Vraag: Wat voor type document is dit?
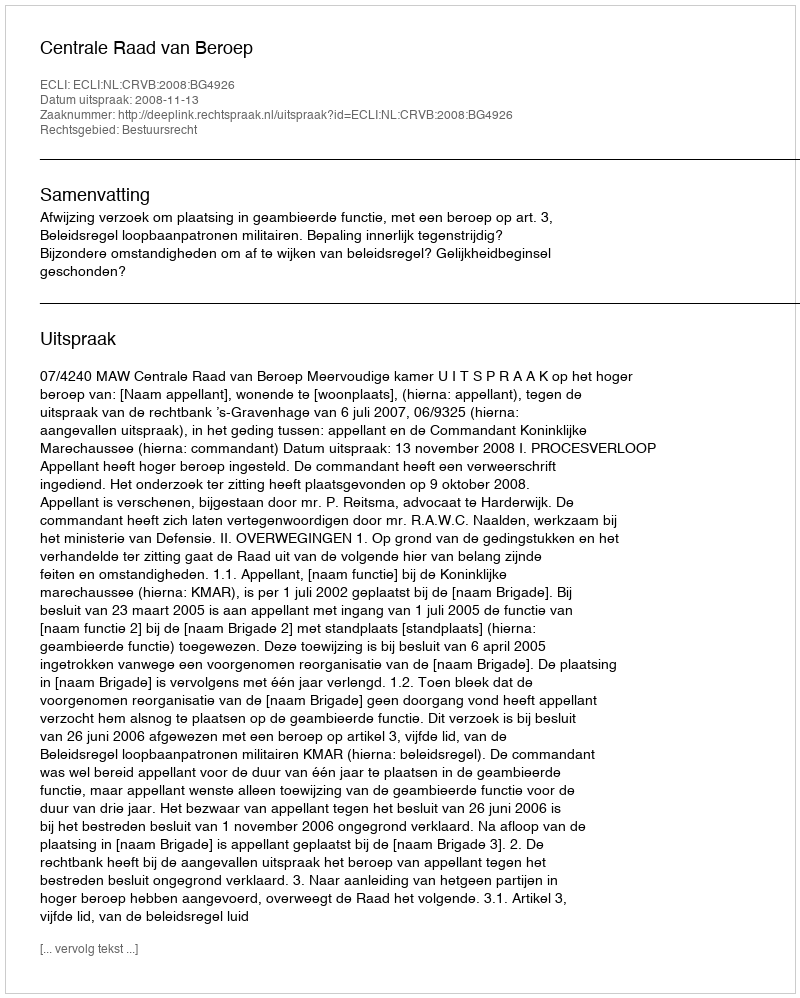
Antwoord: Uitspraak